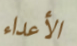
الأعداء